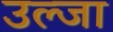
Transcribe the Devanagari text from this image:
उल्जा